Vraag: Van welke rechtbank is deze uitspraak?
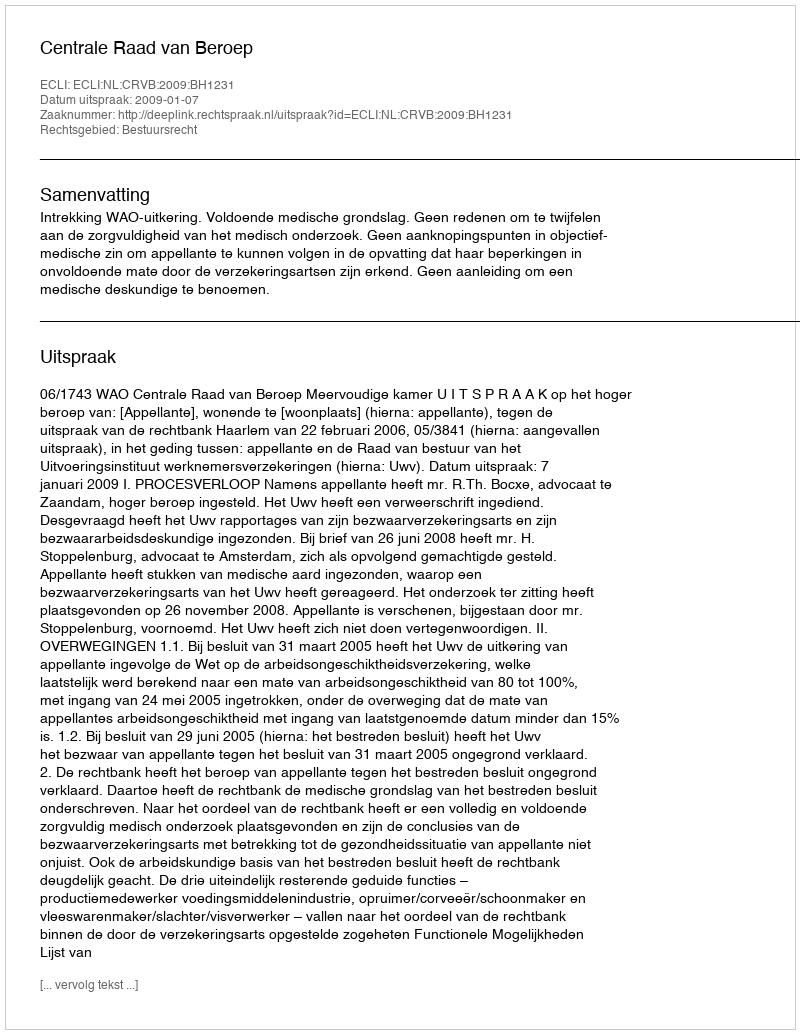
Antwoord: Centrale Raad van Beroep